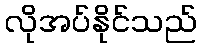
လိုအပ်နိုင်သည်